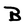
Character: B